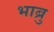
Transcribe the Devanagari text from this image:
भाब्रु